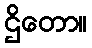
ဌိတော။